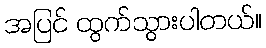
အပြင် ထွက်သွားပါတယ်။